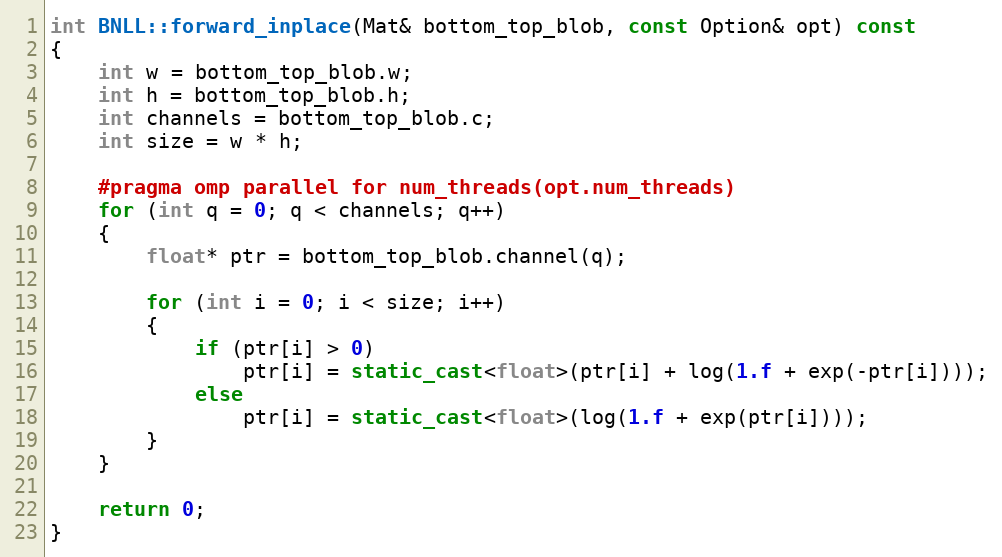
Language: C++
int BNLL::forward_inplace(Mat& bottom_top_blob, const Option& opt) const
{
    int w = bottom_top_blob.w;
    int h = bottom_top_blob.h;
    int channels = bottom_top_blob.c;
    int size = w * h;

    #pragma omp parallel for num_threads(opt.num_threads)
    for (int q = 0; q < channels; q++)
    {
        float* ptr = bottom_top_blob.channel(q);

        for (int i = 0; i < size; i++)
        {
            if (ptr[i] > 0)
                ptr[i] = static_cast<float>(ptr[i] + log(1.f + exp(-ptr[i])));
            else
                ptr[i] = static_cast<float>(log(1.f + exp(ptr[i])));
        }
    }

    return 0;
}